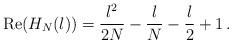
LaTeX: \begin{align*}\mathrm{Re}(H_N(l))=\frac{l^2}{2 N}-\frac{l}{N}-\frac{l}{2}+1\,.\end{align*}